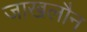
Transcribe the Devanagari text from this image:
जाखलौन